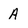
Character: A